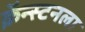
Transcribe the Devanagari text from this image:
क्रॅन्स्टनला